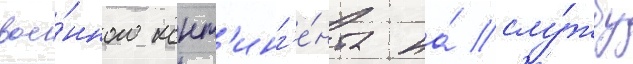
вое́нного конт'инг'е́нта на́ слу́жбу